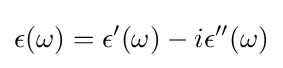
\epsilon (\omega )=\epsilon '(\omega )-i\epsilon ''(\omega )